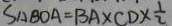
S _ { \Delta B O A } = B A \times C D \times \frac { 1 } { 2 }